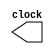
module Clock(clock);
    output clock;
    reg clock;
    initial
        clock = 0;
    always
        #5 clock = ~clock;
endmodule

// The Main Module
module PCI(
    input CLK,
    input FRAME,
    input IRDY,
    input [3:0] CBE,
    inout [31:0] AD,
    output DEVSEL_wire,
    output TRDY_wire,
    output [31:0] DEBUG,
    output [31:0] M1,
    output [31:0] M2,
    output [31:0] M3,
    output [31:0] M4
);
    // Constants
    parameter PCI_read = 4'b0010;
    parameter PCI_write = 4'b0011;
    parameter DEVICE_ADDRESS = 32'h0000010;
    // wire Change_op = 0;
  
    // Read and write operation flags using the provided command
    reg [3:0] CONTROL_reg = 4'bz;
    wire READ_OP = (PCI_read == CONTROL_reg);
    wire WRITE_OP = (PCI_write == CONTROL_reg);
    
    // Memory belongs to the target
    reg [31:0] MEMORY [0:3];
    
    // Temporary Data Register to hold 4 bytes of data
    reg [31:0] DATA_reg = 32'h0;

    // DEBUGGING
    reg [31:0] TEMP = 4'bz;
    assign DEBUG = TEMP;
    assign M1 = MEMORY[0];
    assign M2 = MEMORY[1];
    assign M3 = MEMORY[2];
    assign M4 = MEMORY[3];
    
    // Signals for READ Operations
    wire TARGETED = (DEVICE_ADDRESS == AD);
    reg TARGETED_reg = 0;
    wire TRANSACTION = ~FRAME;
    wire LAST_DATA_TRANSFER = FRAME && ~IRDY;
    
    // RST Signal to reset flags after every transaction
    wire RST = FRAME && IRDY;
    
    // DEVSEL and TRDY signals
    reg DEVSEL = 1;
    reg DEVSEL_2 = 1;
    assign DEVSEL_wire = RST || DEVSEL;
    reg TRDY = 1;
    reg TRDY_2 = 1;
    assign TRDY_wire = RST || TRDY;
    
    // Counters
    reg [7:0] NEG_CLOCK_COUNTER = 0;
    reg [1:0] INDEX = 0;
    
    // ADDRESS LINE Multiplexing (To Recieve Address then Send or Recieve Data)
    wire ADDRESS_TURNAROUND = ~IRDY && DEVSEL;
    wire CONTROL_ADDRESS_LINE_DURING_READ = (READ_OP && ~IRDY && ~ADDRESS_TURNAROUND);
    wire WAITING_IRDY = TRANSACTION && IRDY && ~DEVSEL;
    assign AD = ((CONTROL_ADDRESS_LINE_DURING_READ || WAITING_IRDY) ? DATA_reg : 32'hz);
    
    always @(negedge CLK) begin
        // Handle the delay for DEVSEL and TRDY
        DEVSEL <= DEVSEL_2;
        TRDY <= TRDY_2;
        
        // RESET NEG_EDGE_COUNTER INDEX
        if (RST) begin
            NEG_CLOCK_COUNTER <= 0;
            CONTROL_reg <= 4'bz;
            TARGETED_reg <= 0;
            TRDY <= 1;
            TRDY_2 <= 1;
            DEVSEL <= 1;
            DEVSEL_2 <= 1;
        end
        
        // RESET MEMORY INDEX
        if (NEG_CLOCK_COUNTER == 0) begin
            INDEX <= 0;
        end
        
        // READ
        if (READ_OP) begin
            if (TRANSACTION || LAST_DATA_TRANSFER) begin
                // Increment the clock counter every negative edge
                NEG_CLOCK_COUNTER <= NEG_CLOCK_COUNTER + 1;
                DEVSEL_2 <= 0;
                TRDY_2 <= 0;
            end
            if (~IRDY) begin
                DATA_reg <= MEMORY[INDEX];
                INDEX <= INDEX + 1;
            end
        end
        // WRITE
        else if (WRITE_OP) begin
            if (LAST_DATA_TRANSFER) begin
                DEVSEL_2 <= 1;
                TRDY_2 <= 1;
            end
            if (TRANSACTION || LAST_DATA_TRANSFER) begin
                NEG_CLOCK_COUNTER <= NEG_CLOCK_COUNTER + 1;
            end
            if (TARGETED_reg) begin
                DEVSEL_2 <= 0;
                TRDY_2 <= 0;
            end
        end
    end
    
    always @(posedge CLK) begin
         
        // Store the control signal in the first positive edge
        if (NEG_CLOCK_COUNTER == 0) begin
            // Remember if the device was targeted by the operation
            TARGETED_reg <= TARGETED;
            CONTROL_reg <= CBE;
        end
        
        // WRITE OPERATION
        if (TARGETED_reg && WRITE_OP && ~TRDY) begin
            if (CBE == 4'b1111) begin
                MEMORY[INDEX] <= AD;
                TEMP <= AD;
            end else if (CBE == 4'b0000) begin
                MEMORY[INDEX] <= 0;
                TEMP <= 0;
            end
            INDEX <= INDEX + 1;
        end
    end
endmodule

module PCIWRITEREADTest;

    // CONSTANTS
    parameter PCI_read = 4'b0010;
    parameter PCI_write = 4'b0011;
    parameter [31:0] DEVICE_ADDRESS = 32'h0000010;
    
    Clock C(CLK);

    // Instantiating the PCI Variables
    reg FRAME = 1;
    reg IRDY = 1;
    reg [3:0] CBE = 4'hz;
    reg [31:0] DATA = 32'hz;

    wire DEVSEL;
    wire TRDY;
    reg TRANSACTION = 0;

    // ADDRESS LINE Multiplexing
    wire SENDING_ADDRESS = ((~FRAME) && IRDY && DEVSEL);
    reg [3:0] OP = 4'hz;
    wire WRITE_OP = (OP == PCI_write);
    wire SENDING_DATA = (~IRDY && WRITE_OP);
    wire [31:0] AD = ( SENDING_ADDRESS ? DEVICE_ADDRESS : ( SENDING_DATA ? DATA : 32'bz ) );

    // DEBUGGING VARIABLES
    wire [31:0] DEBUG;
    wire [31:0] M1;
    wire [31:0] M2;
    wire [31:0] M3;
    wire [31:0] M4;

    // PCI Instance
    PCI pci(CLK, FRAME, IRDY, CBE, AD, DEVSEL, TRDY, DEBUG, M1, M2, M3, M4);
    initial begin
        $monitor("FRAME: ", FRAME, " DEVSEL: ", DEVSEL, " IRDY: ", IRDY, " TRDY: ", TRDY, " DEBUG: ", DEBUG[16:0], " MEMORY: ", M1[15:0], M2[15:0], M3[15:0], M4[15:0], " ", " CBE: ", CBE, " ADDRESS: ", AD[16:0], " Time: ", $time, " ", CLK);
        // WRITE OPERATION
        #100 FRAME <= 0;
        OP <= 4'b0011;
        CBE <= 4'b0011;
        TRANSACTION <= 1;
        #10 IRDY <= 0;
        DATA <= 32'd1001;
        CBE <= 4'b0000;
        #20 DATA <= 32'd1002;
        CBE <= 4'b1111;
        #10 DATA <= 32'd1003;
        CBE <= 4'b0000;
        #10 DATA <= 32'd1004;
        CBE <= 4'b1111;
        FRAME <= 1;
        #10 IRDY <= 1;
        CBE <= 4'hz;
        TRANSACTION <= 0;
        
        // READ OPERATION
        OP <= 4'b0010;
        #140 FRAME <= 0;
        CBE <= 4'b0010;
        #10 IRDY <= 0;
        #40 IRDY <= 1;
        #10 IRDY <= 0;
        #100 FRAME <= 1;
        #10 IRDY <= 1;
        CBE <= 4'hz;
    end
    
    always @(posedge CLK, negedge CLK) begin
        // Stop the program after 500 nanoseconds
        if ($time >= 500) begin
            $finish;
        end
    end
endmodule